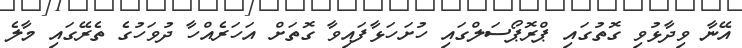
އޭނާ ވިދާޅުވި ގޮތުގައި ޕްރޮޕޯސަލްގައި ހުށަހަޅާފައިވާ ގޮތަށް އަހަރެއްހާ ދުވަހުގެ ތެރޭގައި މާލެ